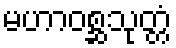
မဟာဝစ္ဆသုတ္တံ